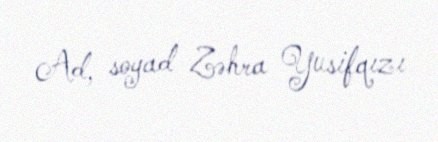
Ad, soyad Zəhra Yusifqızı